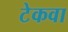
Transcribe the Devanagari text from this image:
टेकवा